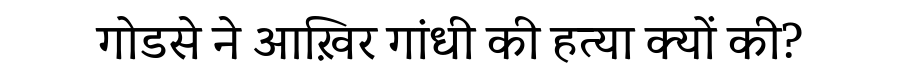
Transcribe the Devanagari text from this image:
गोडसे ने आख़िर गांधी की हत्या क्यों की?